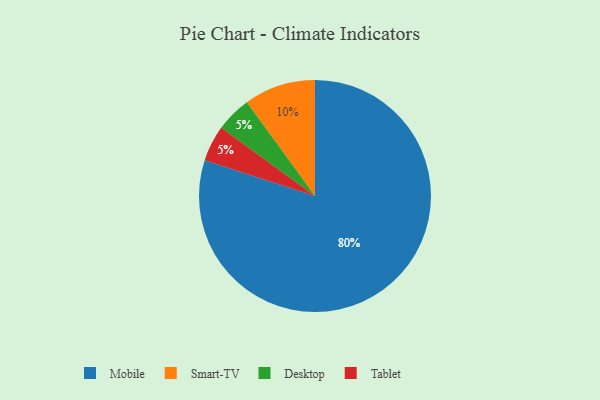
{"axis": {"x": "Category", "y": "Percentage"}, "legend": ["Desktop", "Mobile", "Smart-TV", "Tablet"], "data": [{"x": "Mobile", "y": 80, "type": "Mobile"}, {"x": "Desktop", "y": 5, "type": "Desktop"}, {"x": "Tablet", "y": 5, "type": "Tablet"}, {"x": "Smart-TV", "y": 10, "type": "Smart-TV"}]}